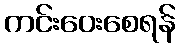
ကင်းဝေးစေရန်